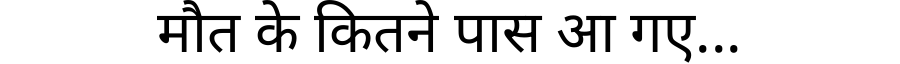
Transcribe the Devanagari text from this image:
मौत के कितने पास आ गए...